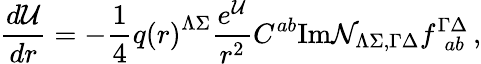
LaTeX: {\frac{d{\cal U}}{dr}}=-{\frac{1}{4}}q\left(r\right)^{\Lambda\Sigma}{\frac{e^{\cal U}}{r^{2}}}C^{ab}\mathrm{Im}{\cal N}_{\Lambda\Sigma,\Gamma\Delta}f_{~~ab}^{\Gamma\Delta}\, ,